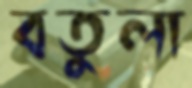
বতুলা